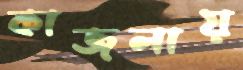
কাজলায়